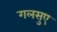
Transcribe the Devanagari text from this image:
गलसुए